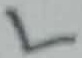
Text: L